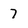
Character: 7